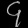
Digit: ၄